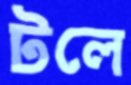
টলে